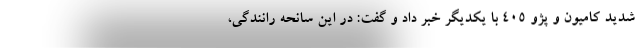
شدید کامیون و پژو ۴۰۵ با یکدیگر خبر داد و گفت: در این سانحه رانندگی،